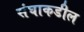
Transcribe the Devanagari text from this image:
संघाकडील